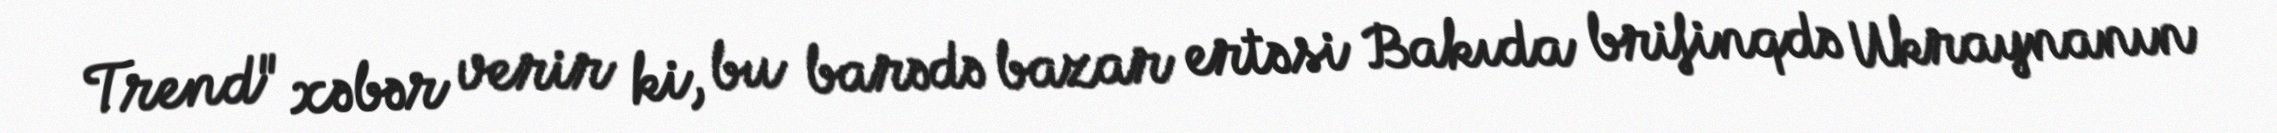
Trend" xəbər verir ki, bu barədə bazar ertəsi Bakıda brifinqdə Ukraynanın